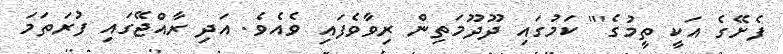
ފެށޭގެ އަކީ ތީމުގެ''' ކަމުގައި ދޫދޫމަތިން ރިވާވެފައި ވެއެވެ. އަދި ރާއްޖޭގައި ފުރަތަމަ